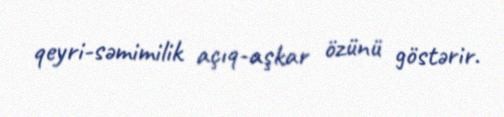
qeyri-səmimilik açıq-aşkar özünü göstərir.